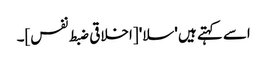
اسے کہتے ہیں 'سلا' [اخلاقی ضبط نفس]۔